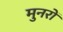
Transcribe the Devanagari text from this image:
मुनरों